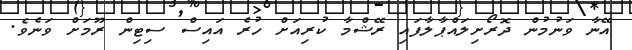
އޭނާ ވަނުމުން ދޮރޯށިލައްޕާލާފައި ރޭޝްމާ ކުރިއަށް ހުރެ އައިސް ސިޓިން ރޫމަށް ވަނެވެ.